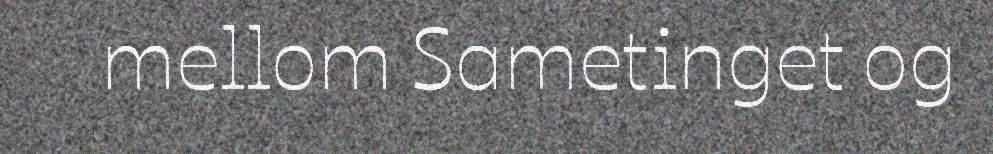
mellom Sametinget og